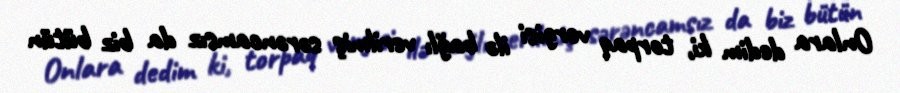
Onlara dedim ki, torpaq vergisi ilə bağlı verilmiş sərəncamsız da biz bütün